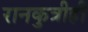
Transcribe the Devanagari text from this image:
रानकुत्रीही